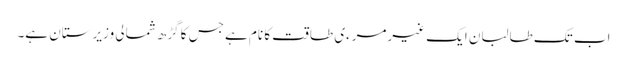
اب تک طالبان ایک غیرمرءی طاقت کا نام ہے جس کا گڑھ شمالی وزیرستان ہے۔